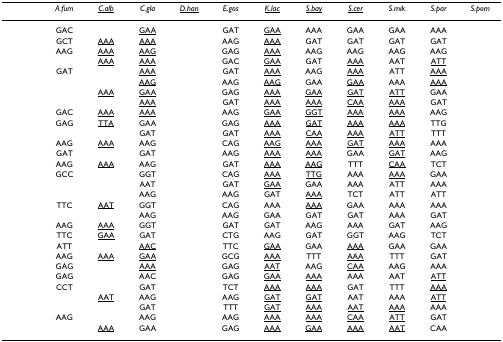
<table><thead><tr><td>[EMPTY_CELL]</td><td><b><i>A.fum</i></b></td><td><b><i><underline>C.alb</underline></i></b></td><td><b><i>C.gla</i></b></td><td><b><i><underline>D.han</underline></i></b></td><td><b><i>E.gos</i></b></td><td><b><i><underline>K.lac</underline></i></b></td><td><b><i><underline>S.bay</underline></i></b></td><td><b><i><underline>S.cer</underline></i></b></td><td><b><i>S.mik</i></b></td><td><b><i>S.par</i></b></td><td><b><i>S.pom</i></b></td></tr></thead><tbody><tr><td>[EMPTY_CELL]</td><td>GAC</td><td>[EMPTY_CELL]</td><td><underline>GAA</underline></td><td>[EMPTY_CELL]</td><td>GAT</td><td><underline>GAA</underline></td><td>AAA</td><td>GAA</td><td>GAA</td><td>AAA</td><td>[EMPTY_CELL]</td></tr><tr><td>[EMPTY_CELL]</td><td>GCT</td><td><underline>AAA</underline></td><td><underline>AAA</underline></td><td>[EMPTY_CELL]</td><td>AAG</td><td><underline>AAA</underline></td><td>GAT</td><td>GAT</td><td>GAT</td><td>GAT</td><td>[EMPTY_CELL]</td></tr><tr><td>[EMPTY_CELL]</td><td>AAG</td><td><underline>AAA</underline></td><td><underline>AAG</underline></td><td>[EMPTY_CELL]</td><td>GAG</td><td><underline>AAA</underline></td><td>AAG</td><td>AAG</td><td>AAG</td><td>AAG</td><td>[EMPTY_CELL]</td></tr><tr><td>[EMPTY_CELL]</td><td>[EMPTY_CELL]</td><td><underline>AAA</underline></td><td><underline>AAA</underline></td><td>[EMPTY_CELL]</td><td>GAC</td><td><underline>GAA</underline></td><td>GAT</td><td><underline>AAA</underline></td><td>AAT</td><td><underline>ATT</underline></td><td>[EMPTY_CELL]</td></tr><tr><td>[EMPTY_CELL]</td><td>GAT</td><td>[EMPTY_CELL]</td><td><underline>AAA</underline></td><td>[EMPTY_CELL]</td><td>GAT</td><td><underline>AAA</underline></td><td>AAG</td><td><underline>AAA</underline></td><td>ATT</td><td><underline>AAA</underline></td><td>[EMPTY_CELL]</td></tr><tr><td>[EMPTY_CELL]</td><td>[EMPTY_CELL]</td><td>[EMPTY_CELL]</td><td><underline>AAG</underline></td><td>[EMPTY_CELL]</td><td>AAG</td><td><underline>AAG</underline></td><td>GAA</td><td><underline>GAA</underline></td><td>AAA</td><td><underline>AAA</underline></td><td>[EMPTY_CELL]</td></tr><tr><td>[EMPTY_CELL]</td><td>[EMPTY_CELL]</td><td><underline>AAA</underline></td><td><underline>GAA</underline></td><td>[EMPTY_CELL]</td><td>GAG</td><td><underline>AAA</underline></td><td><underline>GAA</underline></td><td><underline>GAT</underline></td><td><underline>ATT</underline></td><td>GAA</td><td>[EMPTY_CELL]</td></tr><tr><td>[EMPTY_CELL]</td><td>[EMPTY_CELL]</td><td>[EMPTY_CELL]</td><td><underline>AAA</underline></td><td>[EMPTY_CELL]</td><td>GAT</td><td><underline>AAA</underline></td><td><underline>AAA</underline></td><td><underline>CAA</underline></td><td><underline>AAA</underline></td><td>GAT</td><td>[EMPTY_CELL]</td></tr><tr><td>[EMPTY_CELL]</td><td>GAC</td><td><underline>AAA</underline></td><td><underline>AAA</underline></td><td>[EMPTY_CELL]</td><td>AAG</td><td><underline>GAA</underline></td><td><underline>GGT</underline></td><td><underline>AAA</underline></td><td><underline>AAA</underline></td><td>AAG</td><td>[EMPTY_CELL]</td></tr><tr><td>[EMPTY_CELL]</td><td>GAG</td><td><underline>TTA</underline></td><td>GAA</td><td>[EMPTY_CELL]</td><td>GAG</td><td><underline>AAA</underline></td><td><underline>GAT</underline></td><td><underline>AAA</underline></td><td><underline>AAA</underline></td><td>TTG</td><td>[EMPTY_CELL]</td></tr><tr><td>[EMPTY_CELL]</td><td>[EMPTY_CELL]</td><td>[EMPTY_CELL]</td><td>GAT</td><td>[EMPTY_CELL]</td><td>GAT</td><td><underline>AAA</underline></td><td><underline>CAA</underline></td><td><underline>AAA</underline></td><td><underline>ATT</underline></td><td>TTT</td><td>[EMPTY_CELL]</td></tr><tr><td>[EMPTY_CELL]</td><td>AAG</td><td><underline>AAA</underline></td><td>AAG</td><td>[EMPTY_CELL]</td><td>CAG</td><td><underline>AAG</underline></td><td><underline>AAA</underline></td><td><underline>GAT</underline></td><td><underline>AAA</underline></td><td>AAA</td><td>[EMPTY_CELL]</td></tr><tr><td>[EMPTY_CELL]</td><td>GAT</td><td>[EMPTY_CELL]</td><td>GAT</td><td>[EMPTY_CELL]</td><td>AAG</td><td><underline>AAA</underline></td><td><underline>AAA</underline></td><td>GAA</td><td><underline>GAT</underline></td><td>AAG</td><td>[EMPTY_CELL]</td></tr><tr><td>[EMPTY_CELL]</td><td>AAG</td><td><underline>AAA</underline></td><td>AAG</td><td>[EMPTY_CELL]</td><td>GAT</td><td><underline>AAA</underline></td><td><underline>AAG</underline></td><td>TTT</td><td><underline>CAA</underline></td><td>TCT</td><td>[EMPTY_CELL]</td></tr><tr><td>[EMPTY_CELL]</td><td>GCC</td><td>[EMPTY_CELL]</td><td>GGT</td><td>[EMPTY_CELL]</td><td>CAG</td><td><underline>AAA</underline></td><td><underline>TTG</underline></td><td>AAA</td><td><underline>AAA</underline></td><td>GAA</td><td>[EMPTY_CELL]</td></tr><tr><td>[EMPTY_CELL]</td><td>[EMPTY_CELL]</td><td>[EMPTY_CELL]</td><td>AAT</td><td>[EMPTY_CELL]</td><td>GAT</td><td><underline>GAA</underline></td><td>GAA</td><td>AAA</td><td>ATT</td><td>AAA</td><td>[EMPTY_CELL]</td></tr><tr><td>[EMPTY_CELL]</td><td>[EMPTY_CELL]</td><td>[EMPTY_CELL]</td><td>AAG</td><td>[EMPTY_CELL]</td><td>AAG</td><td>GAT</td><td><underline>AAA</underline></td><td>TCT</td><td>ATT</td><td>ATT</td><td>[EMPTY_CELL]</td></tr><tr><td>[EMPTY_CELL]</td><td>TTC</td><td><underline>AAT</underline></td><td>GGT</td><td>[EMPTY_CELL]</td><td>CAG</td><td>AAA</td><td><underline>AAA</underline></td><td>GAA</td><td>AAA</td><td>AAA</td><td>[EMPTY_CELL]</td></tr><tr><td>[EMPTY_CELL]</td><td>[EMPTY_CELL]</td><td>[EMPTY_CELL]</td><td>AAG</td><td>[EMPTY_CELL]</td><td>AAG</td><td>GAA</td><td>GAT</td><td>GAT</td><td>AAA</td><td>GAT</td><td>[EMPTY_CELL]</td></tr><tr><td>[EMPTY_CELL]</td><td>AAG</td><td><underline>AAA</underline></td><td>GGT</td><td>[EMPTY_CELL]</td><td>GAT</td><td>GAT</td><td>AAG</td><td>AAA</td><td>GAT</td><td>AAG</td><td>[EMPTY_CELL]</td></tr><tr><td>[EMPTY_CELL]</td><td>TTC</td><td><underline>GAA</underline></td><td>GAT</td><td>[EMPTY_CELL]</td><td>CTG</td><td>AAG</td><td>GAT</td><td>GGT</td><td>AAG</td><td>TCT</td><td>[EMPTY_CELL]</td></tr><tr><td>[EMPTY_CELL]</td><td>ATT</td><td>[EMPTY_CELL]</td><td><underline>AAC</underline></td><td>[EMPTY_CELL]</td><td>TTC</td><td><underline>GAA</underline></td><td>GAA</td><td><underline>AAA</underline></td><td>GAA</td><td>GAA</td><td>[EMPTY_CELL]</td></tr><tr><td>[EMPTY_CELL]</td><td>AAG</td><td><underline>AAA</underline></td><td><underline>GAA</underline></td><td>[EMPTY_CELL]</td><td>GCG</td><td><underline>AAA</underline></td><td>TTT</td><td><underline>AAA</underline></td><td>TTT</td><td>GAT</td><td>[EMPTY_CELL]</td></tr><tr><td>[EMPTY_CELL]</td><td>GAG</td><td>[EMPTY_CELL]</td><td><underline>AAA</underline></td><td>[EMPTY_CELL]</td><td>GAG</td><td><underline>AAT</underline></td><td>AAG</td><td><underline>CAA</underline></td><td>AAG</td><td>AAA</td><td>[EMPTY_CELL]</td></tr><tr><td>[EMPTY_CELL]</td><td>GAG</td><td>[EMPTY_CELL]</td><td>AAC</td><td>[EMPTY_CELL]</td><td>GAG</td><td><underline>GAA</underline></td><td><underline>AAA</underline></td><td>AAA</td><td>AAT</td><td><underline>ATT</underline></td><td>[EMPTY_CELL]</td></tr><tr><td>[EMPTY_CELL]</td><td>CCT</td><td>[EMPTY_CELL]</td><td>GAT</td><td>[EMPTY_CELL]</td><td>TCT</td><td><underline>AAA</underline></td><td><underline>AAA</underline></td><td>GAT</td><td>TTT</td><td><underline>AAA</underline></td><td>[EMPTY_CELL]</td></tr><tr><td>[EMPTY_CELL]</td><td>[EMPTY_CELL]</td><td><underline>AAT</underline></td><td>AAG</td><td>[EMPTY_CELL]</td><td>AAG</td><td><underline>GAT</underline></td><td><underline>GAT</underline></td><td>AAT</td><td>AAA</td><td><underline>ATT</underline></td><td>[EMPTY_CELL]</td></tr><tr><td>[EMPTY_CELL]</td><td>[EMPTY_CELL]</td><td>[EMPTY_CELL]</td><td>GAT</td><td>[EMPTY_CELL]</td><td>TTT</td><td><underline>GAT</underline></td><td><underline>AAA</underline></td><td><underline>AAT</underline></td><td><underline>AAA</underline></td><td>AAA</td><td>[EMPTY_CELL]</td></tr><tr><td>[EMPTY_CELL]</td><td>AAG</td><td>[EMPTY_CELL]</td><td>AAG</td><td>[EMPTY_CELL]</td><td>AAG</td><td><underline>AAA</underline></td><td><underline>AAA</underline></td><td><underline>CAA</underline></td><td><underline>ATT</underline></td><td>GAT</td><td>[EMPTY_CELL]</td></tr><tr><td>[EMPTY_CELL]</td><td>[EMPTY_CELL]</td><td><underline>AAA</underline></td><td>GAA</td><td>[EMPTY_CELL]</td><td>GAG</td><td><underline>AAA</underline></td><td><underline>GAA</underline></td><td><underline>AAA</underline></td><td><underline>AAT</underline></td><td>CAA</td><td>[EMPTY_CELL]</td></tr></tbody></table>